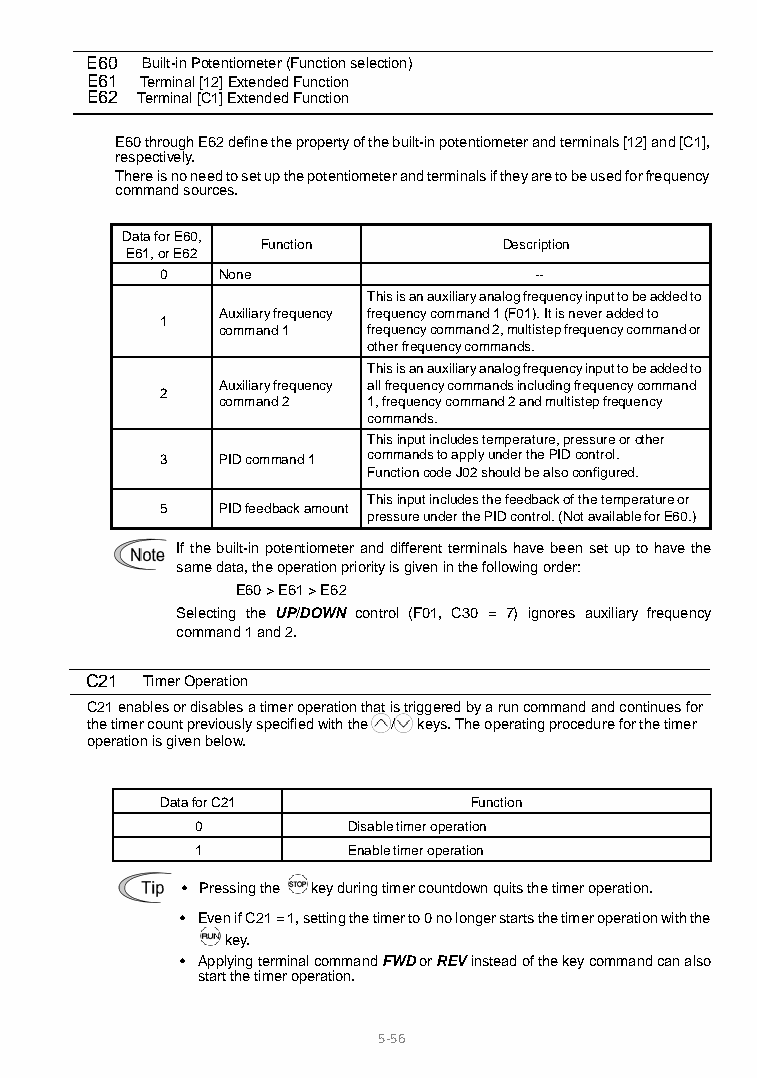
E60 Built-in Potentiometer (Function selection)
 E61 Terminal [12] Extended Function
 E62 Terminal [C1] Extended Function
 E60 through E62 define the property of the built-in potentiometer and terminals [12] and [C1],
 respectively.
 There is no need to set up the potentiometer and terminals if they are to be used for frequency
 command sources.
 Data for E60,
 Function        Description
 E61, or E62
 0  None                 --
 This is an auxiliary analog frequency input to be added to
 Auxiliary frequency frequency command 1 (F01). It is never added to
 1
 command 1 frequency command 2, multistep frequency command or
 other frequency commands.
 This is an auxiliary analog frequency input to be added to
 Auxiliary frequency all frequency commands including frequency command
 2
 command 2 1, frequency command 2 and multistep frequency
 commands.
 This input includes temperature, pressure or other
 3  PID command 1 commands to apply under the PID control.
 Function code J02 should be also configured.
 This input includes the feedback of the temperature or
 5  PID feedback amount
 pressure under the PID control. (Not available for E60.)
 If the built-in potentiometer and different terminals have been set up to have the
 same data, the operation priority is given in the following order:
 E60 > E61 > E62
 Selecting the UP/DOWN control (F01, C30 = 7) ignores auxiliary frequency
 command 1 and 2.
 C21 Timer Operation
 C21 enables or disables a timer operation that is triggered by a run command and continues for
 the timer count previously specified with the / keys. The operating procedure for the timer
 operation is given below.
 Data for C21        Function
 0         Disable timer operation
 1         Enable timer operation
 • Pressing the key during timer countdown quits the timer operation.
 • Even if C21 = 1, setting the timer to 0 no longer starts the timer operation with the
 key.
 • Applying terminal command FWD or REV instead of the key command can also
 start the timer operation.
 5-56